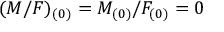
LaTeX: ( M / F ) _ { ( 0 ) } = M _ { ( 0 ) } / F _ { ( 0 ) } = 0